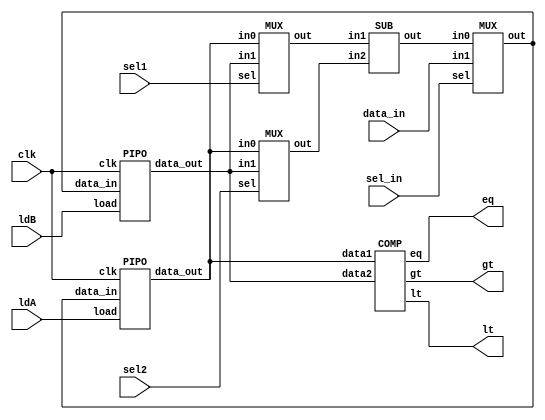
module gcd_datapath(lt, gt, eq, ldA, ldB, sel1, sel2, sel_in, data_in, clk);
     input ldA, ldB, sel1, sel2, sel_in, clk;
     input [15:0] data_in;
     output gt, lt, eq;
     wire [15:0] Aout, Bout, X, Y,Bus, SubOut;
     
     PIPO A (Aout, Bus, ldA, clk );
     PIPO B (Bout, Bus, ldB, clk);
     MUX Mux_in1 (X, Aout, Bout, sel1);
     MUX Mux_in2 (Y, Aout, Bout, sel2);
     MUX Mux_load (Bus, SubOut, data_in, sel_in);
     SUB SB (SubOut, X, Y);
     COMP C (lt, gt, eq, Aout, Bout);
     
endmodule 

module COMP(lt, gt, eq, data1, data2);
    input [15:0] data1, data2;
    output lt, gt, eq;
    
    assign lt = data1 < data2;
    assign gt = data1 > data2;
    assign eq = data1 == data2;
endmodule

module MUX(out, in0, in1, sel);
    input [15:0] in0, in1;
    input sel;
    output [15:0] out;
    
    assign out = sel ? in0 : in1;
    
endmodule

module PIPO(data_out, data_in, load, clk);
    input[15:0] data_in;
    input load, clk;
    output reg [15:0] data_out;
    
    always @ (posedge clk)
        if (load) data_out <= data_in;
endmodule


module SUB(out, in1, in2);
    input [15:0] in1, in2;
    output reg [15:0] out;
    
    always @ (*)
        out = in1 - in2;
endmodule


//CONTROL PATH:

module gcd_controlpath(ldA, ldB, sel1, sel2, sel_in, done, clk, lt, gt, eq, start);
    input clk, lt, gt, eq, start;
    output reg ldA, ldB, sel1, sel2, sel_in, done;
    
    reg [2:0] state;
    parameter s0= 3'b000, s1= 3'b001, s2= 3'b010, s3= 3'b011, s4= 3'b100, s5= 3'b101;
    
    always @ (posedge clk)
        begin
            case (state)
                s0:     if (start) state <= s1;
                s1:     state <= s2;
                s2:     #2 if (eq) state <= s5;
                            else if (lt) state <= s3;
                            else if (gt) state <= s4;
                s3:     #2 if (eq) state <= s5;
                            else if (lt) state <= s3;
                            else if (gt) state <= s4;
                 s4:    #2 if (eq) state <= s5;
                            else if (lt) state <= s3;
                            else if (gt) state <= s4;
                s5:         state <= s5;
                default:    state <= s0;
            endcase
        end
        
        always @ (state)
            begin
                case (state)
                    s0:     begin sel_in =0; ldA = 1; ldB = 0; done = 0; end
                    s1:     begin sel_in =0; ldA = 0; ldB = 1; end
                    s2:     if (eq) done = 1;
                            else if (lt) begin sel1 = 0; sel2 = 1; sel_in = 1; #1 ldA = 0; ldB =1; end
                            else if (gt) begin sel1 = 1; sel2 = 0; sel_in = 1; #1 ldA = 1; ldB =0; end
                    s3:     if (eq) done = 1;
                            else if (lt) begin sel1 = 0; sel2 = 1; sel_in = 1; #1 ldA = 0; ldB =1; end
                            else if (gt) begin sel1 = 1; sel2 = 0; sel_in = 1; #1 ldA = 1; ldB =0; end
                    s4:     if (eq) done = 1;
                            else if (lt) begin sel1 = 0; sel2 = 1; sel_in = 1; #1 ldA = 0; ldB =1; end
                            else if (gt) begin sel1 = 1; sel2 = 0; sel_in = 1; #1 ldA = 1; ldB =0; end
                    s5:     begin done = 1; sel1 = 0; sel2 = 0; ldA = 0; ldB =0; end
                    default: begin ldA = 0; ldB =0; end
                endcase
            end 
endmodule